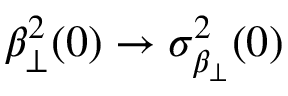
\beta _ { \perp } ^ { 2 } ( 0 ) \rightarrow \sigma _ { \beta _ { \perp } } ^ { 2 } ( 0 )